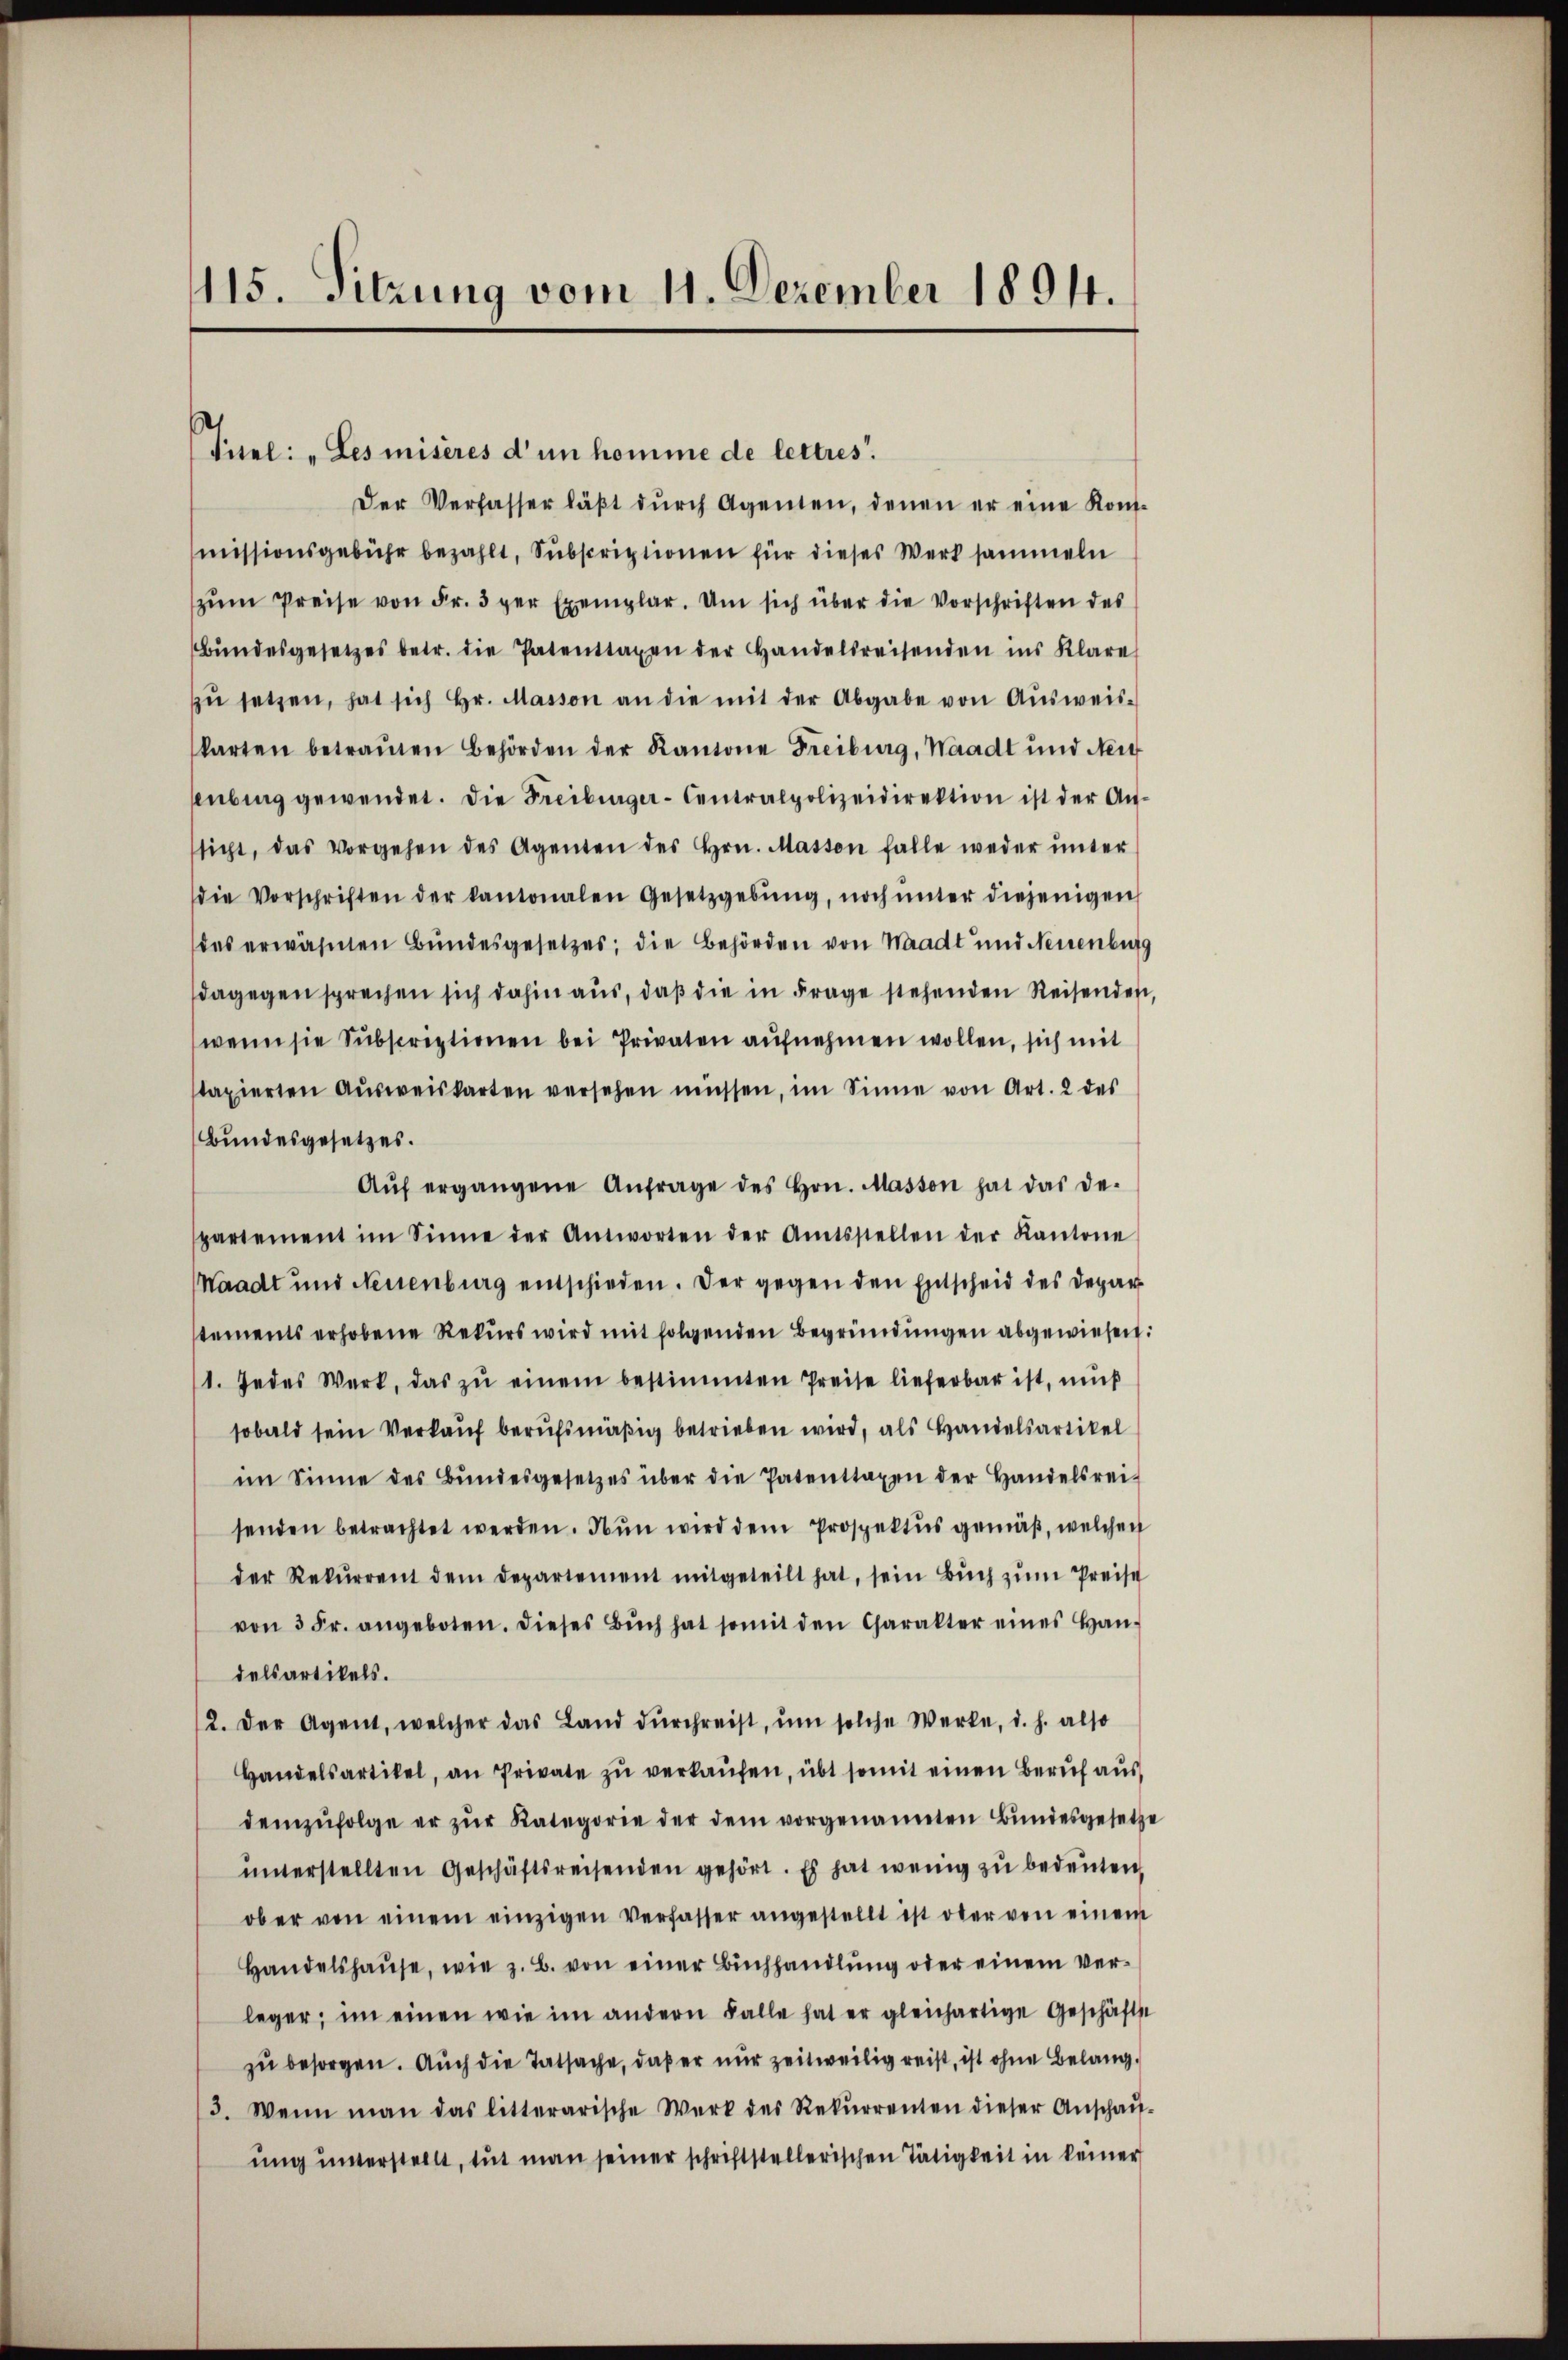
115. Sitzung vom 11. Dezember 1894.

Tuel: „Les miseres d’un homme de lettres.
Der Verfasser läßt durch Agenten, denen er eine Konsmissionsgebühr bezahlt, Subscriptionen für dieses Werk sammeln
zŭm Preise von Fr. 3 der Exemplar. Um sich über die Vorschriften des
Bŭndesgesetzes betr. die Patenttagen der Handelsreisenden ins Klare
zŭ setzen, hat sich hr. Masson an die mit der Abgabe von Aŭsweis-
karten betraŭten Behörden der Kantone Freiburg, Waadt und Nei
enbing gewendet. Die Freiburger-Centralpolizeidirektion ist der Anssicht, das Vorgehen des Agenten des Hrn. Masson falle weder ŭnter
die Vorschriften der kantonalen Gesetzgebung, noch ŭnter diejenigen
das erwähnten Bundesgesetzes; die Behörden von Waadt und Neuenburg
dagegen sprechen sich dahin aus, daß die in Frage stehenden Reisenden,
wenn sie Subscriptionen bei Privaten aufnehmen wollen, sich mit
taxierten Aŭsweiskarten versehen müssen, im Sinne von Art. 2 des
Bundesgesetzes.
Aŭf ergangene Anfrage des Hrn. Masson hat das de-
partement im Sinne der Antworten der Amtsstellen der Kantone
Waadt und Neuenburg entschieden. Der gegen den Entscheid des Depar
stements erhobene Rekurs wird mit folgenden Begründungen abgewiesen:
1. Jedes Werk, das zŭ einem bestimmten Preise lieferbar ist, muß
sobald sein Verkauf berufsmäßig betrieben wird, als Handelsartikel
im Sinne des Bŭndesgesetzes über die Patenttaxen der Handelsrei-
senden betrachtet werden. Nun wird dem Prospektus gemäß, welchen
der Rekurrent dem Departement mitgeteilt hat, sein Buch zum Preise
von 3 Fr. angeboten. Dieses Bŭch hat somit den Charakter eines Handelsartikels.
2. Der Agent, welcher das Land durchreist, um solche Werke, d. h. also
Handelsartikel, an Private zŭ verkaŭfen, übt somit einen Beruf aus
demzufolge er zŭr Kategorie der dem vorgenannten Bundesgesetze
ŭnterstellten Geschäftsreisenden gehört. Es hat wenig zu bedeuten,
ob er von einem einzigen Verfasser angestellt ist ober von einem
Handelshause, wie z. B. von einer Buchhandlung oder einem Verleger, im einen wie im andern Falle hat er gleichartige Geschäftst
zu besorgen. Auch die Tatsache, daß er nur zeitweilig reist, ist ohne Belang¬
3. Wenn man das litterarische Werk des Rekŭrrenten dieser Anschaŭf-
ŭng ŭnterstellt, tut man seiner schriftstellerischen Tätigkeit in keiner